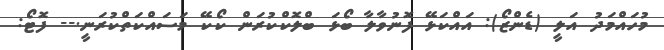
މުހައްމަދު އަލީ (ޑެންޒޯ): އައްކަޅޭ ފޮނުވާލާ ބޯޅަ ބްލޮކްކުރަން ކޯކޭ މަަސައްކަތްކުރަނީ.-- ފޮޓޯ: